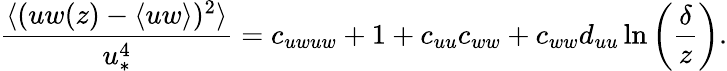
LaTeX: \frac{\langle(uw(z)-\langle uw\rangle)^{2}\rangle}{u_{\ast}^{4}}=c_{uwuw}+1+c_{uu}c_{ww}+c_{ww}d_{uu}\ln\left(\frac{\delta}{z}\right).